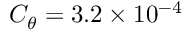
C _ { \theta } = 3 . 2 \times 1 0 ^ { - 4 }